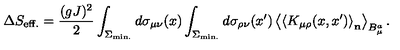
\Delta S _ { \mathrm { e f f . } } = \frac { ( g J ) ^ { 2 } } { 2 } \int _ { \Sigma _ { \mathrm { m i n . } } } ^ { } d \sigma _ { \mu \nu } ( x ) \int _ { \Sigma _ { \mathrm { m i n . } } } ^ { } d \sigma _ { \rho \nu } ( x ^ { \prime } ) \left< \left< K _ { \mu \rho } ( x , x ^ { \prime } ) \right> _ { \bf n } \right> _ { B _ { \mu } ^ { a } } .